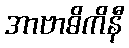
အာဗာဓိကိနီ